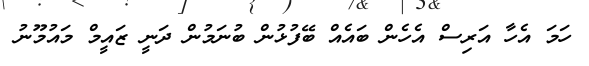
ހަމަ އެހާ އަރިސް އެހެން ބައެއް ބޭފުޅުން ބުނަމުން ދަނީ ޒައީމް މައުމޫނު